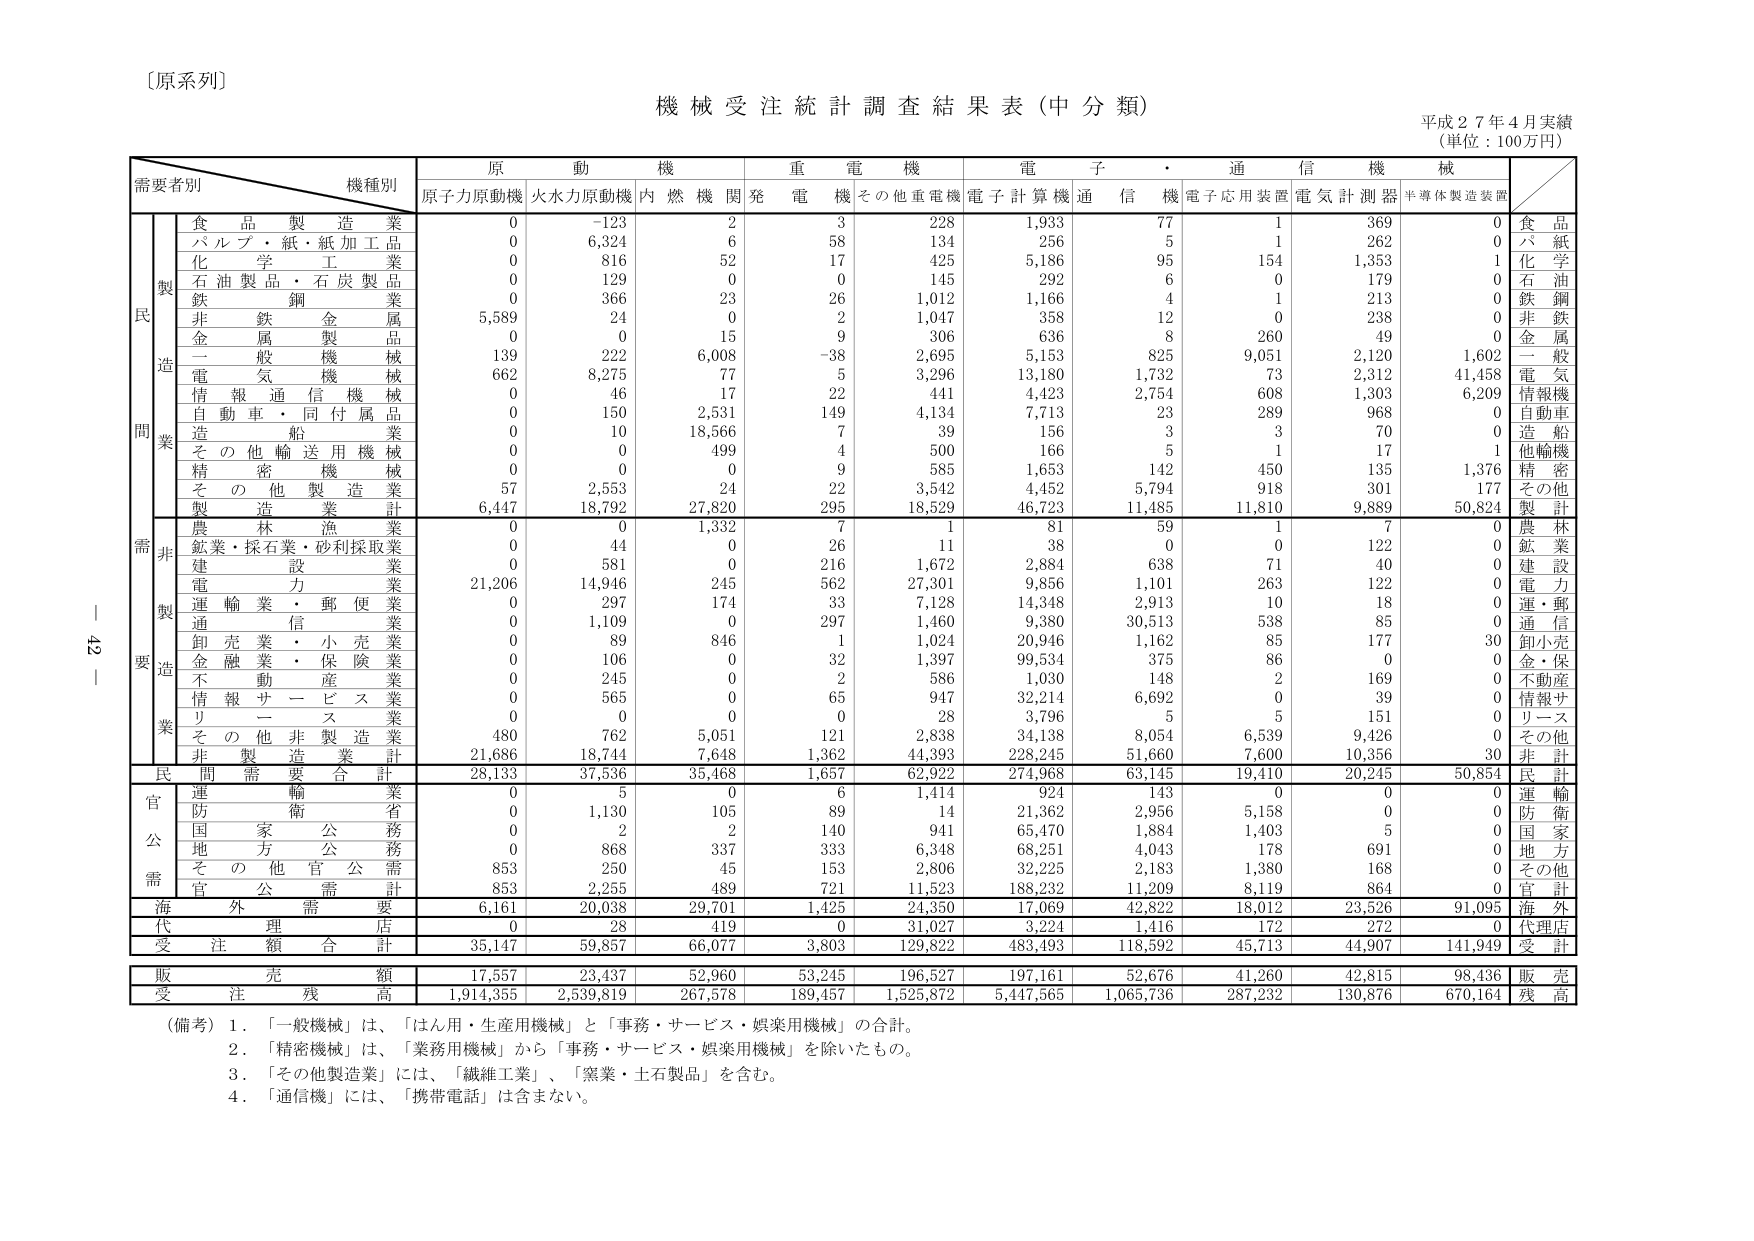
〔原系列〕

機械受注統計調査結果表（中分類）
平成２７年４月実績
（単位：100万円）

需要者別　　機種別
　　　　　　原動機　　重電機　　電子・通信機械
　　　　　　原予力原動機　火水力原動機　内燃機関　発電機　その他重電機　電子計算機　通信機　電子応用装置　電気計測器　半導体製造装置

　　　　　　食品製造業